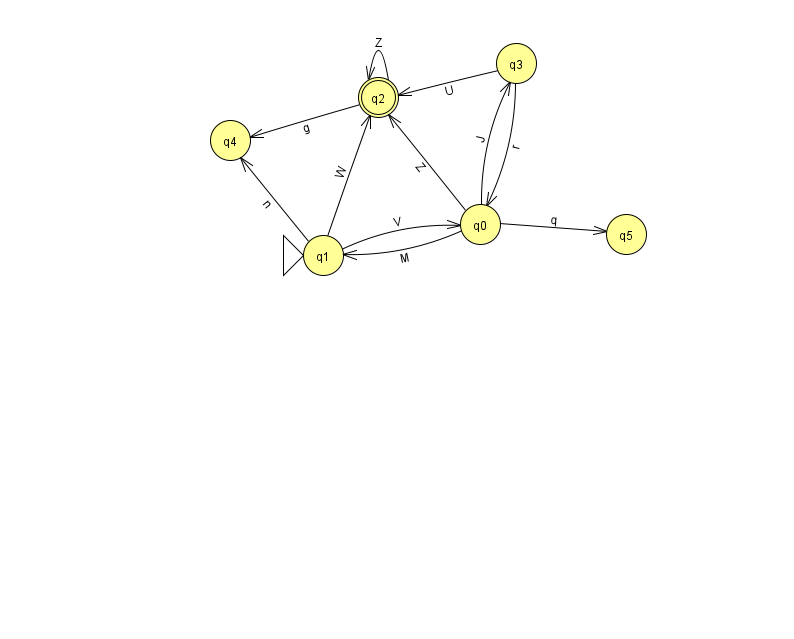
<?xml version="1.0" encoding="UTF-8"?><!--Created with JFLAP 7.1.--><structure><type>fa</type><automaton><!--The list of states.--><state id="0" name="q0"><x>480.0</x><y>211.0</y></state><state id="1" name="q1"><x>323.0</x><y>242.0</y><initial/></state><state id="2" name="q2"><x>378.0</x><y>84.0</y><final/></state><state id="3" name="q3"><x>516.0</x><y>50.0</y></state><state id="4" name="q4"><x>230.0</x><y>127.0</y></state><state id="5" name="q5"><x>626.0</x><y>221.0</y></state><!--The list of transitions.--><transition><from>1</from><to>0</to><read>V</read></transition><transition><from>0</from><to>2</to><read>Z</read></transition><transition><from>0</from><to>3</to><read>J</read></transition><transition><from>3</from><to>2</to><read>U</read></transition><transition><from>2</from><to>4</to><read>g</read></transition><transition><from>1</from><to>4</to><read>n</read></transition><transition><from>0</from><to>1</to><read>M</read></transition><transition><from>2</from><to>2</to><read>Z</read></transition><transition><from>0</from><to>5</to><read>q</read></transition><transition><from>3</from><to>0</to><read>r</read></transition><transition><from>1</from><to>2</to><read>W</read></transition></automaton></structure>